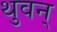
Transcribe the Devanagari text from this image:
थुवन्